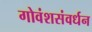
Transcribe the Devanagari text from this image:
गोवंशसंवर्धन